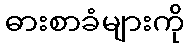
ဓားစာခံများကို